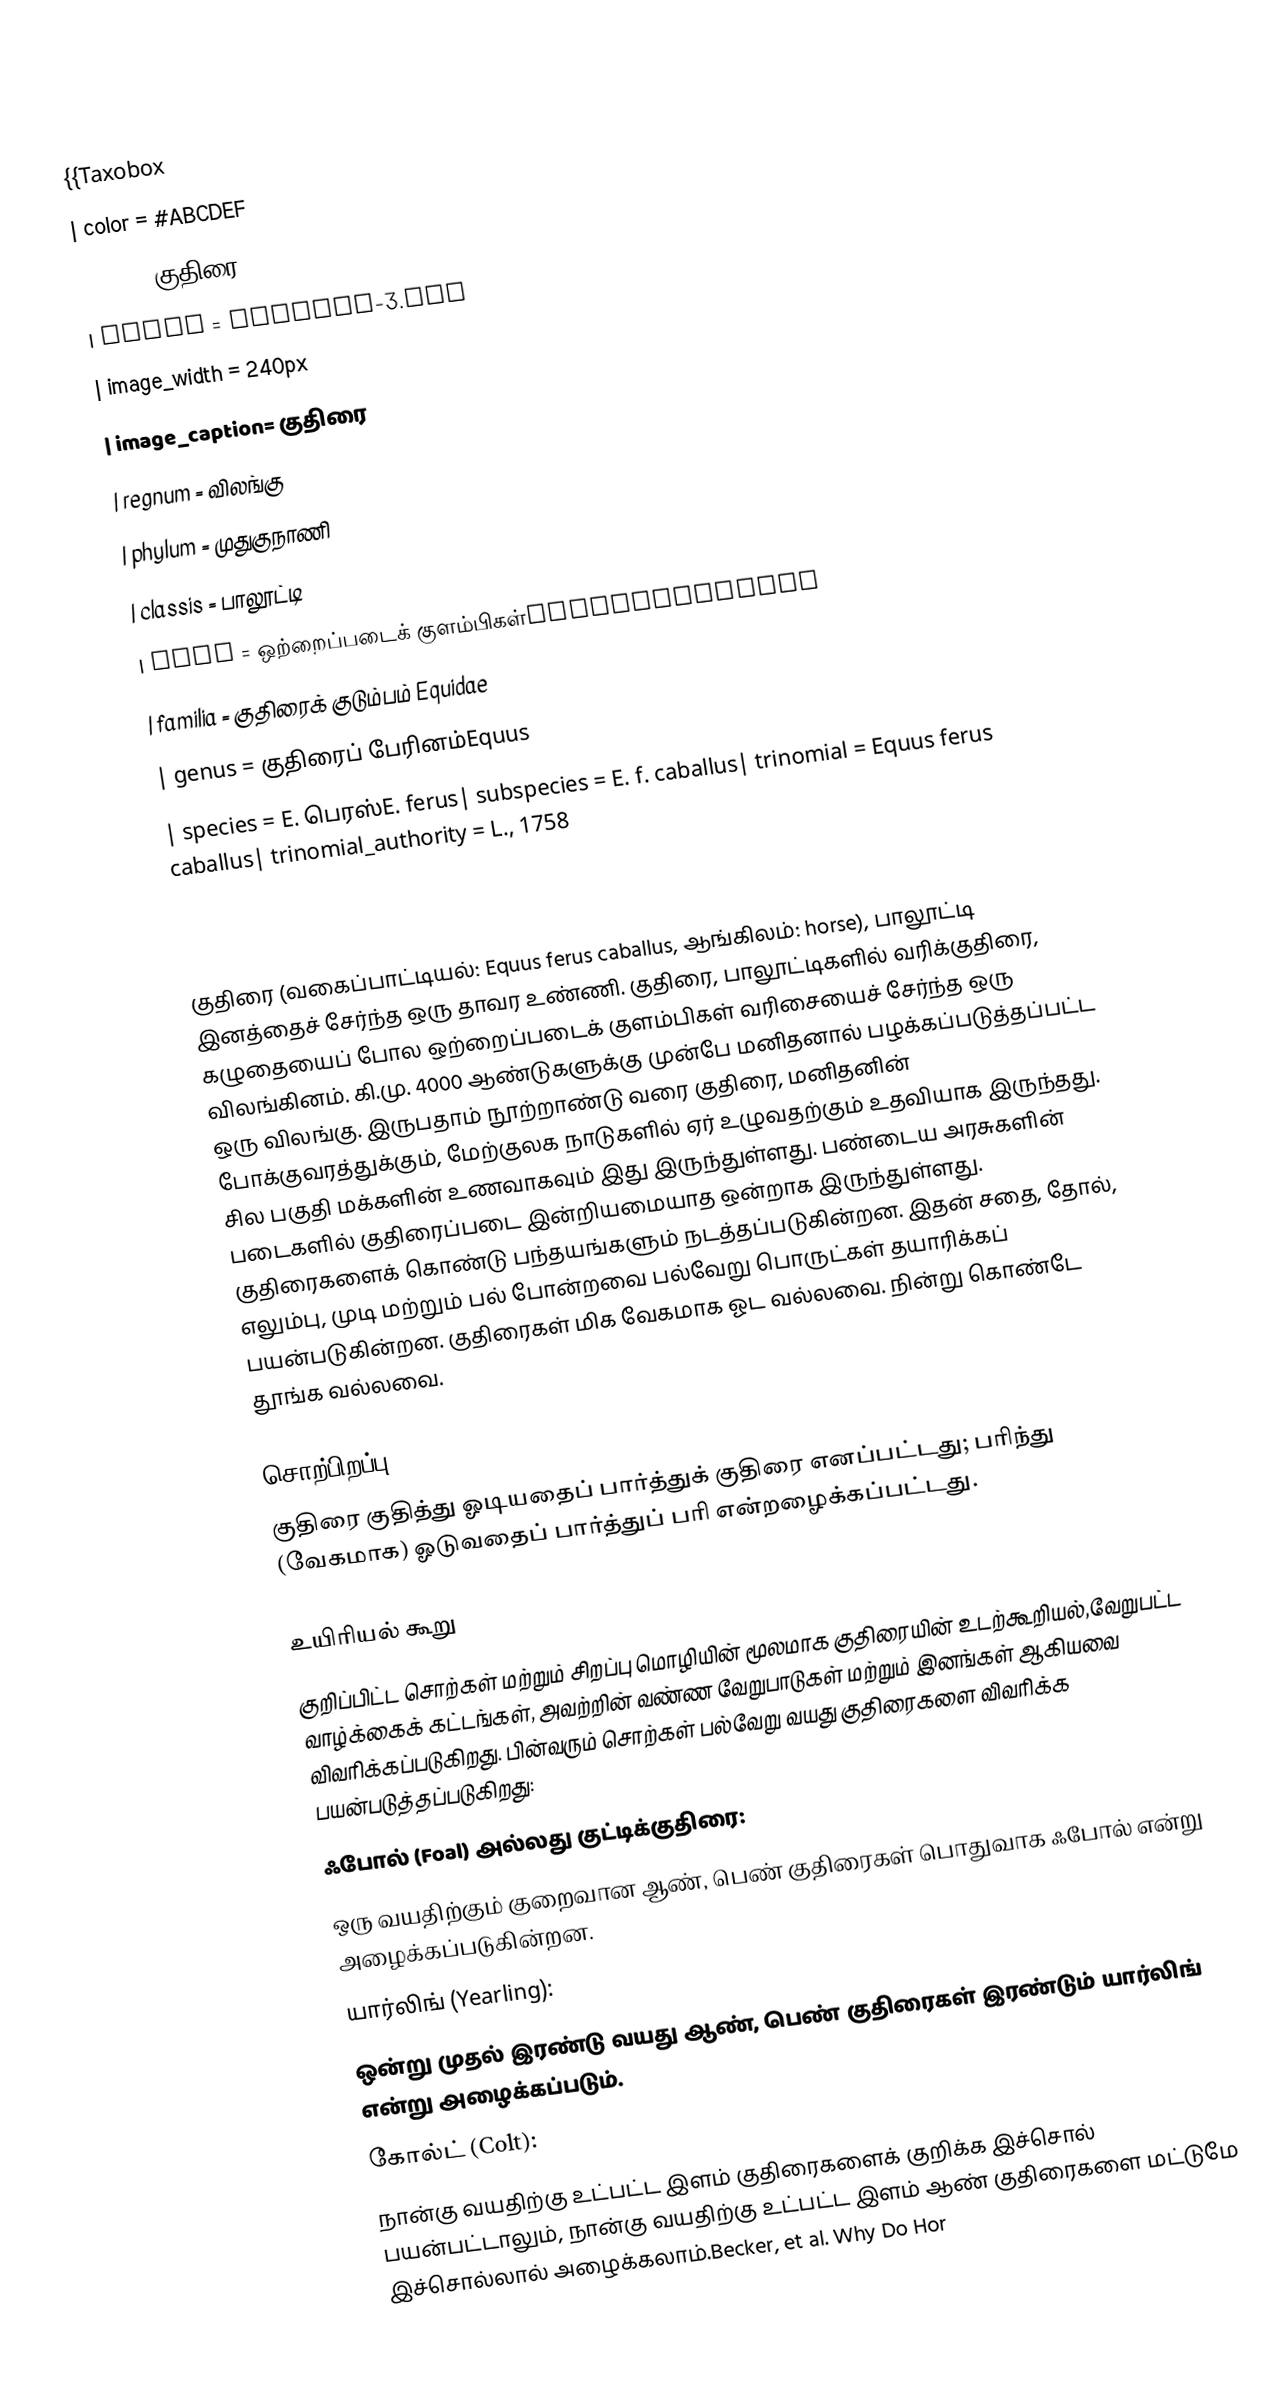
{{Taxobox
| color = #ABCDEF
| name= குதிரை
| image = Poulain-3.jpg
| image_width = 240px
| image_caption= குதிரை
| regnum = விலங்கு
| phylum = முதுகுநாணி
| classis = பாலூட்டி
| ordo               = ஒற்றைப்படைக் குளம்பிகள்Perissodactyla
| familia            = குதிரைக் குடும்பம் Equidae
| genus = குதிரைப் பேரினம்Equus
| species = E. பெரஸ்E. ferus| subspecies = E. f. caballus| trinomial = Equus ferus caballus| trinomial_authority = L., 1758
| synonyms = 48
}}

குதிரை (வகைப்பாட்டியல்: Equus ferus caballus, ஆங்கிலம்: horse), பாலூட்டி இனத்தைச் சேர்ந்த ஒரு தாவர உண்ணி. குதிரை, பாலூட்டிகளில் வரிக்குதிரை, கழுதையைப் போல ஒற்றைப்படைக் குளம்பிகள் வரிசையைச் சேர்ந்த ஒரு விலங்கினம். கி.மு. 4000 ஆண்டுகளுக்கு முன்பே மனிதனால் பழக்கப்படுத்தப்பட்ட ஒரு விலங்கு. இருபதாம் நூற்றாண்டு வரை குதிரை, மனிதனின் போக்குவரத்துக்கும், மேற்குலக நாடுகளில் ஏர் உழுவதற்கும் உதவியாக இருந்தது. சில பகுதி மக்களின் உணவாகவும் இது இருந்துள்ளது. பண்டைய அரசுகளின் படைகளில் குதிரைப்படை இன்றியமையாத ஒன்றாக இருந்துள்ளது. குதிரைகளைக் கொண்டு பந்தயங்களும் நடத்தப்படுகின்றன. இதன் சதை, தோல், எலும்பு, முடி மற்றும் பல் போன்றவை பல்வேறு பொருட்கள் தயாரிக்கப் பயன்படுகின்றன. குதிரைகள் மிக வேகமாக ஓட வல்லவை. நின்று கொண்டே தூங்க வல்லவை.

 சொற்பிறப்பு
குதிரை குதித்து ஓடியதைப் பார்த்துக் குதிரை எனப்பட்டது; பரிந்து (வேகமாக) ஓடுவதைப் பார்த்துப் பரி என்றழைக்கப்பட்டது.

 உயிரியல் கூறு
குறிப்பிட்ட சொற்கள் மற்றும் சிறப்பு மொழியின் மூலமாக குதிரையின் உடற்கூறியல்,வேறுபட்ட வாழ்க்கைக் கட்டங்கள், அவற்றின் வண்ண வேறுபாடுகள் மற்றும் இனங்கள் ஆகியவை விவரிக்கப்படுகிறது. பின்வரும் சொற்கள் பல்வேறு வயது குதிரைகளை விவரிக்க பயன்படுத்தப்படுகிறது:
 ஃபோல் (Foal) அல்லது குட்டிக்குதிரை:
ஒரு வயதிற்கும் குறைவான ஆண், பெண் குதிரைகள் பொதுவாக ஃபோல் என்று அழைக்கப்படுகின்றன.
 யார்லிங் (Yearling):
ஒன்று முதல் இரண்டு வயது ஆண், பெண் குதிரைகள் இரண்டும்  யார்லிங் என்று அழைக்கப்படும்.
 கோல்ட் (Colt):
நான்கு வயதிற்கு உட்பட்ட  இளம் குதிரைகளைக் குறிக்க இச்சொல் பயன்பட்டாலும், நான்கு வயதிற்கு உட்பட்ட இளம் ஆண் குதிரைகளை மட்டுமே இச்சொல்லால் அழைக்கலாம்.Becker, et al. Why Do Hor